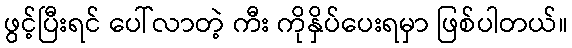
ဖွင့်ပြီးရင် ပေါ်လာတဲ့ ကီး ကိုနှိပ်ပေးရမှာ ဖြစ်ပါတယ်။